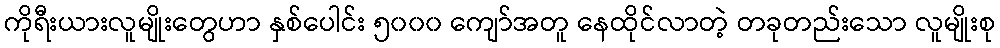
ကိုရီးယားလူမျိုးတွေဟာ နှစ်ပေါင်း ၅၀၀၀ ကျော်အတူ နေထိုင်လာတဲ့ တခုတည်းသော လူမျိုးစု